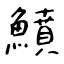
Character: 鱝